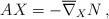
LaTeX: \begin{align*}A X = - \overline{\nabla}_X N \, , \end{align*}